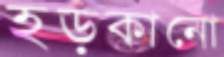
হড়কানো